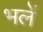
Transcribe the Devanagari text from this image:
भलें